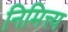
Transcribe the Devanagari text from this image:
निमित्त्य